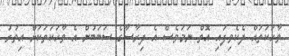
ވާހަކަތައް ދެކެވިފައި އޮތް ނަމަވެސް އެ ދިރާސާގެ ސަބަބުން އެ ވާހަކަތަަކަށް އިތުރު